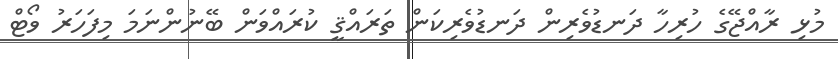
މުޅި ރާއްޖޭގެ ހުރިހާ ދަނޑުވެރިން ދަނޑުވެރިކަން ތަރައްޤީ ކުރައްވަން ބޭނުންނަމަ މިފަހަރު ވޯޓް